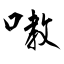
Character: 嘋